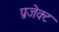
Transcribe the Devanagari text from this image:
प्रजेक्ट